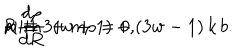
R { \frac { d \rho } { d R } } + m \rho = 0 , \hspace { 1 c m } \mathrm { w i t h } \hspace { 1 c m } m \equiv 3 ( w + 1 ) + ( 3 w - 1 ) \, k \, b .